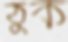
ঠুক